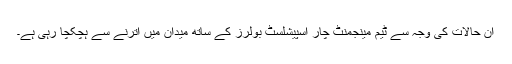
ان حالات کی وجہ سے ٹیم مینجمنٹ چار اسپیشلسٹ بولرز کے ساتھ میدان میں اترنے سے ہچکچا رہی ہے۔